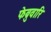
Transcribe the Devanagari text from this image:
फेब्रुवारि